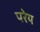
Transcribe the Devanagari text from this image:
परेय